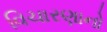
વિચારણાનો